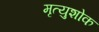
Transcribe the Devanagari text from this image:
मृत्युशोक